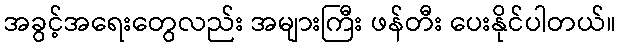
အခွင့်အရေးတွေလည်း အများကြီး ဖန်တီး ပေးနိုင်ပါတယ်။